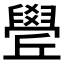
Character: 𦦛